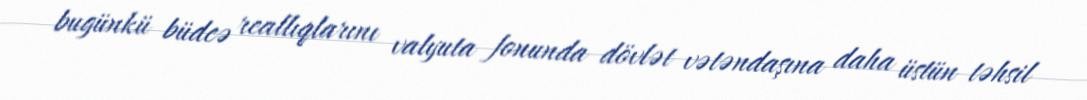
bugünkü büdcə reallıqlarını valyuta fonunda dövlət vətəndaşına daha üstün təhsil